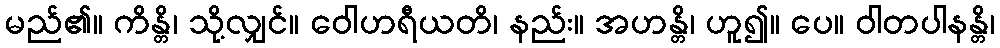
မည်၏။ ကိန္တိ၊ သို့လျှင်။ ဝေါဟရီယတိ၊ နည်း။ အဟန္တိ၊ ဟူ၍။ ပေ။ ဝါတပါနန္တိ၊